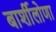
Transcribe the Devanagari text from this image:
बार्शीलोणा